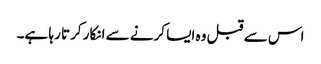
اس سے قبل وہ ایسا کرنے سے انکار کرتا رہا ہے۔